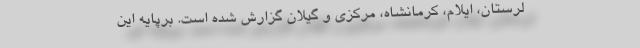
لرستان، ایلام، کرمانشاه، مرکزی و گیلان گزارش شده است. برپایه این